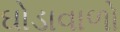
ઘોડાવાળો